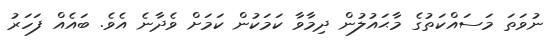
ނުވަތަ މަސައްކަތުގެ މާޙައުލުން ދިމާވާ ކަމަކުން ކަމަށް ވެދާނެ އެވެ. ބައެއް ފަހަރު